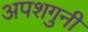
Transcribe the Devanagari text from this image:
अपशगुनी